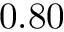
0 . 8 0